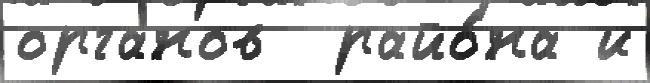
органов  райо́на и